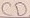
Text: CD